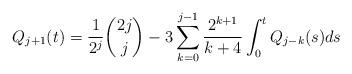
LaTeX: \begin{align*}Q_{j+1}(t) =\frac{1}{2^j}\binom{2j}{j} -3\sum\limits_{k=0}^{j-1}\frac{2^{k+1}}{k + 4}\int_0^t Q_{j-k} (s)ds\end{align*}